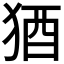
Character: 𬌲